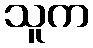
သူက